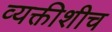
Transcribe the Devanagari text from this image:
व्यक्तीशीच